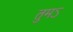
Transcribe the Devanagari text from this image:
तुमऽ